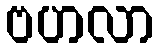
ဗဟလာ